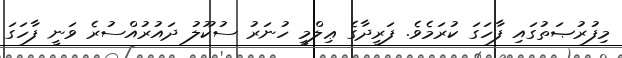
މިފުރުޞަތުގައި ފާހަގަ ކުރަމެވެ. ފަރީދާގެ ޢިލްމީ ހުނަރު ސުކޫލު ދައުރުއްސުރެ ވަނީ ފާހަގަ